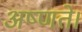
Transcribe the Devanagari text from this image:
अष्णते।